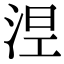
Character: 𣵀